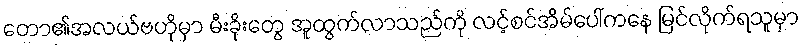
တော၏အလယ်ဗဟိုမှာ မီးခိုးတွေ အူထွက်လာသည်ကို လင့်စင်အိမ်ပေါ်ကနေ မြင်လိုက်ရသူမှာ